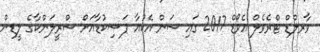
ވާރލްޑް ޓްރެވެލް އެވޯޑް 2017 ގައި ސަން އެކުއާ ޕަސިކުޑާއަށް ސްރީލަންކާގެ ލީޑިން